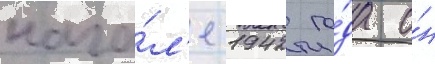
нача́л'е 1942 го́да о́н